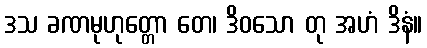
ဒသ ခဏမုဟုတ္တော တေ၊ ဒိဝသော တု အဟံ ဒိနံ။